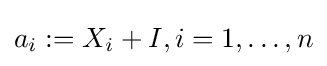
a_{i}:=X_{i}+I,i=1,\dots ,n